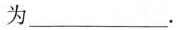
为___。